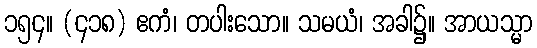
၁၅၄။ (၄၁၈) ဧကံ၊ တပါးသော။ သမယံ၊ အခါ၌။ အာယသ္မာ